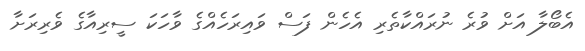
އެބޯލާ އަށް ވުރެ ނުރައްކާތެރި އެހެން ފަސް ވައިރަހެއްގެ ވާހަކަ ސީރިއާގެ ވެރިރަށާ